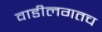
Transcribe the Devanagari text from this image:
वाडीलगतच